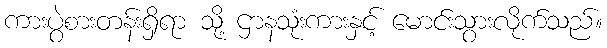
ကားပွဲစားတန်းရှိရာ သို့ ဌာနသုံးကားနှင့် မောင်းသွားလိုက်သည်။